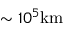
\sim 1 0 ^ { 5 } \mathrm { k m }